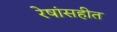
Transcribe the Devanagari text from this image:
रेषांसहीत